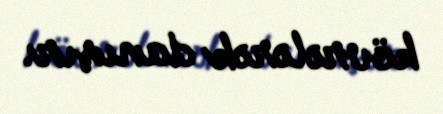
kövrələrək danışır.